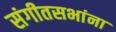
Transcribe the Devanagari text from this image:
संगीतसभांना